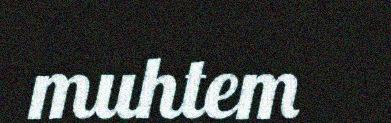
muhtem